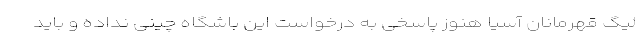
لیگ قهرمانان آسیا هنوز پاسخی به درخواست این باشگاه چینی نداده و باید